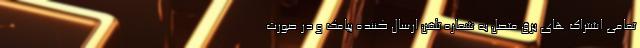
تمامی اشتراک های برق متصل به شماره تلفن ارسال کننده پیامک و در صورت